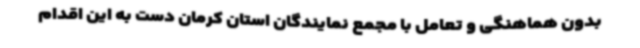
بدون هماهنگی و تعامل با مجمع نمایندگان استان کرمان دست به این اقدام